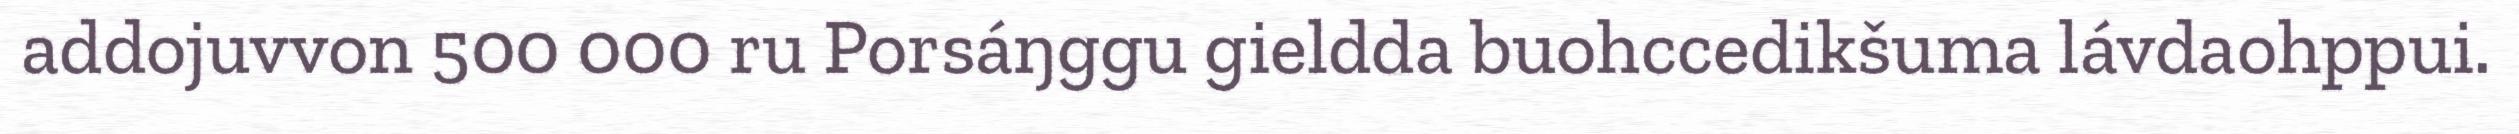
addojuvvon 500 000 ru Porsáŋggu gieldda buohccedikšuma lávdaohppui.